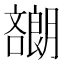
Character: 𡂯